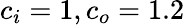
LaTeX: c_{i}=1,c_{o}=1.2